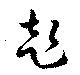
赴